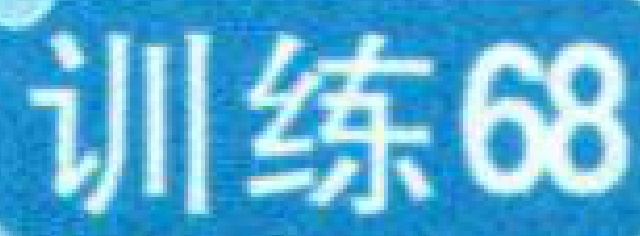
训练68